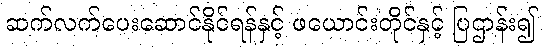
ဆက်လက်ပေးဆောင်နိုင်ရန်နှင့် ဖယောင်းတိုင်နှင့် ပြဌာန်း၍